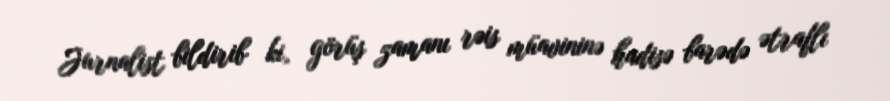
Jurnalist bildirib ki, görüş zamanı rəis müavininə hadisə barədə ətraflı